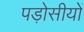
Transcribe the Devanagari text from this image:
पड़ोसीयों